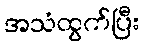
အသံထွက်ပြီး